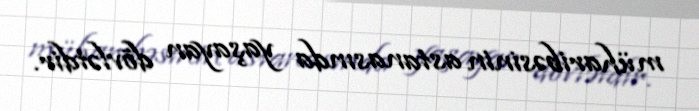
müharibəsinin astanasında yaşayan dövlətdir.